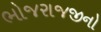
ભોજરાજજીનો